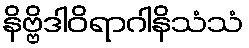
နိဗ္ဗိဒါဝိရာဂါနိသံသံ